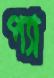
প্যা